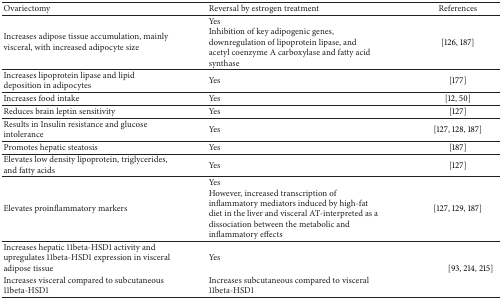
<table><thead><tr><td><b>Ovariectomy</b></td><td><b>Reversal by estrogen treatment</b></td><td><b>References</b></td></tr></thead><tbody><tr><td>Increases adipose tissue accumulation, mainly visceral, with increased adipocyte size</td><td>YesInhibition of key adipogenic genes, downregulation of lipoprotein lipase, and acetyl coenzyme A carboxylase and fatty acid synthase</td><td>[126, 187]</td></tr><tr><td>Increases lipoprotein lipase and lipid deposition in adipocytes</td><td>Yes</td><td>[177]</td></tr><tr><td>Increases food intake</td><td>Yes</td><td>[12, 50]</td></tr><tr><td>Reduces brain leptin sensitivity</td><td>Yes</td><td>[127]</td></tr><tr><td>Results in Insulin resistance and glucose intolerance </td><td>Yes</td><td>[127, 128, 187]</td></tr><tr><td>Promotes hepatic steatosis</td><td>Yes</td><td>[187]</td></tr><tr><td>Elevates low density lipoprotein, triglycerides, and fatty acids </td><td>Yes</td><td>[127]</td></tr><tr><td>Elevates proinflammatory markers </td><td>YesHowever, increased transcription of inflammatory mediators induced by high-fat diet in the liver and visceral AT-interpreted as a dissociation between the metabolic and inflammatory effects</td><td>[127, 129, 187]</td></tr><tr><td>Increases hepatic 11beta-HSD1 activity and upregulates 11beta-HSD1 expression in visceral adipose tissue </td><td>Yes </td><td rowspan="2">[93, 214, 215]</td></tr><tr><td>Increases visceral compared to subcutaneous 11beta-HSD1</td><td>Increases subcutaneous compared to visceral 11beta-HSD1 </td></tr></tbody></table>